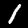
Digit: 1